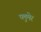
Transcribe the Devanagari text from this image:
प्लुमेर